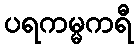
ပရကမ္မကရီ